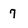
Character: 7